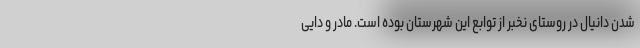
شدن دانیال در روستای نخبر از توابع این شهرستان بوده است. مادر و دایی